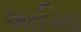
અરબિયા